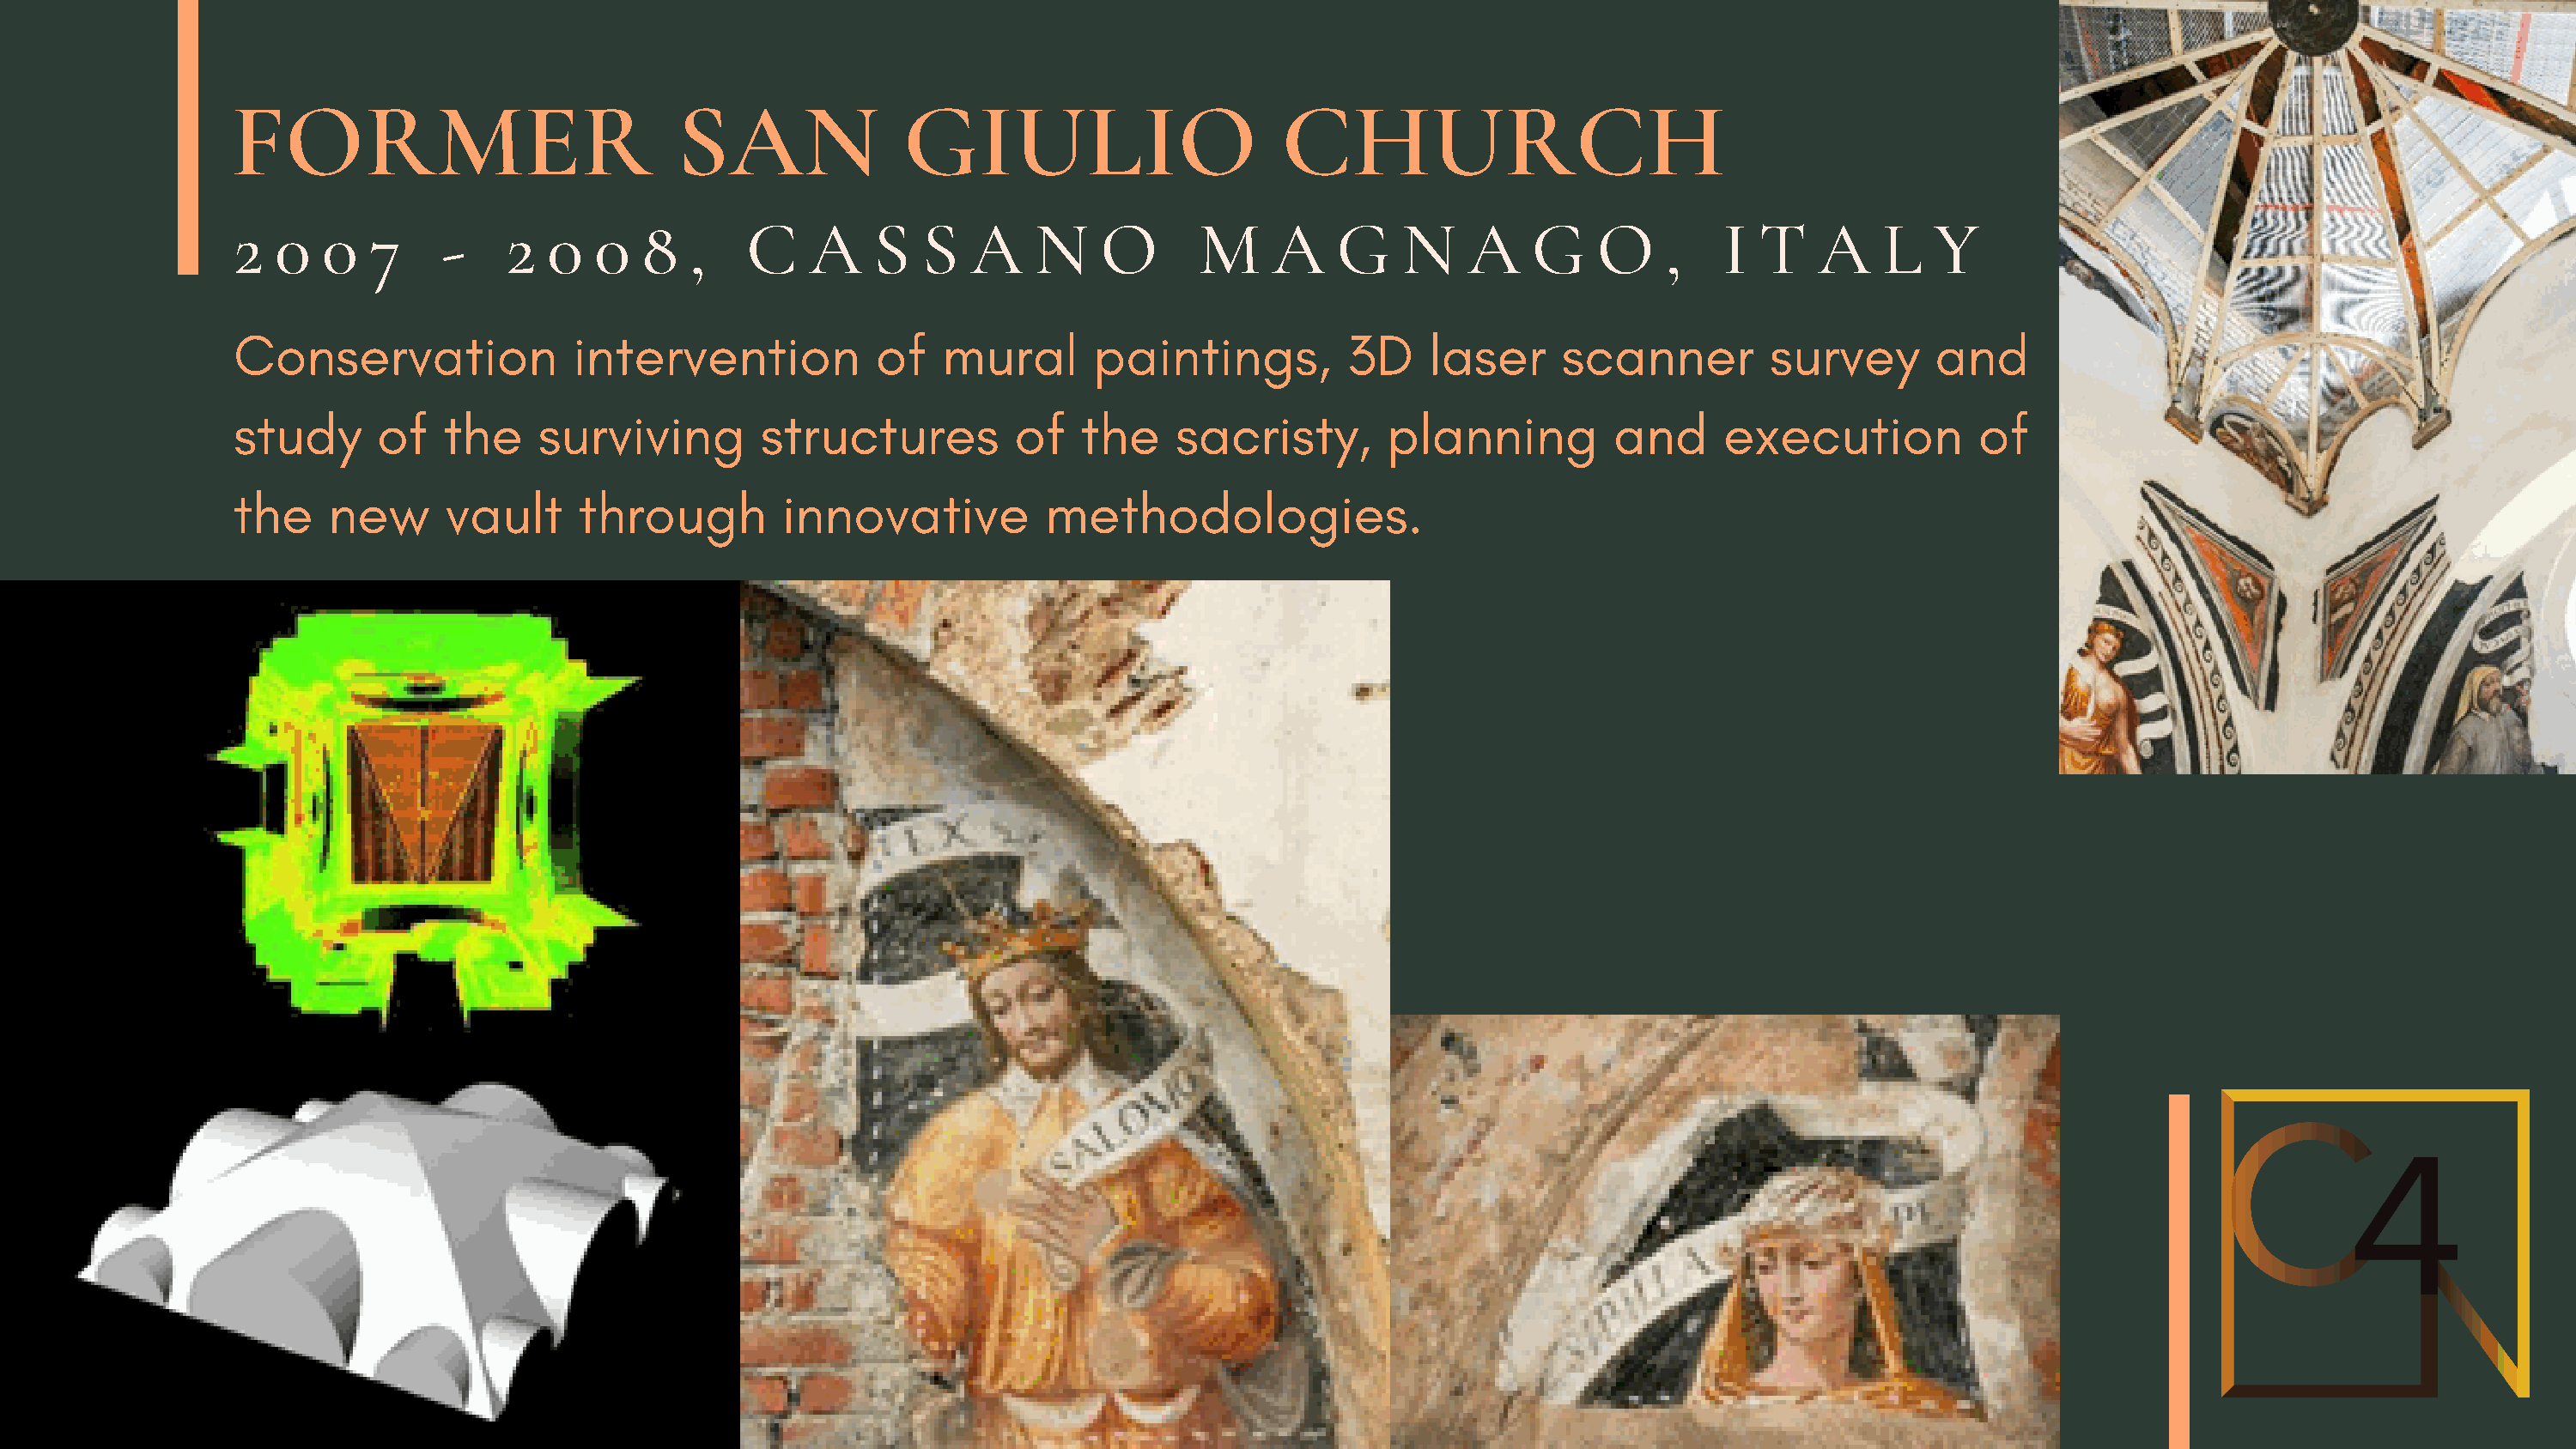
FORMER                            SAN               GIULIO                       CHURCH
 2  0   0  7     -    2  0   0  8   ,    C   A    S   S   A    N    O      M     A    G    N    A    G    O    ,    I  T   A    L   Y
 Conservation              intervention            of   mural      paintings,          3D    laser     scanner         survey       and
 study      of   the    surviving         structures         of   the     sacristy,       planning         and      execution           of
 the    new      vault      through        innovative           methodologies.